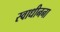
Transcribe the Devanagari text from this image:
स्वाधीनना